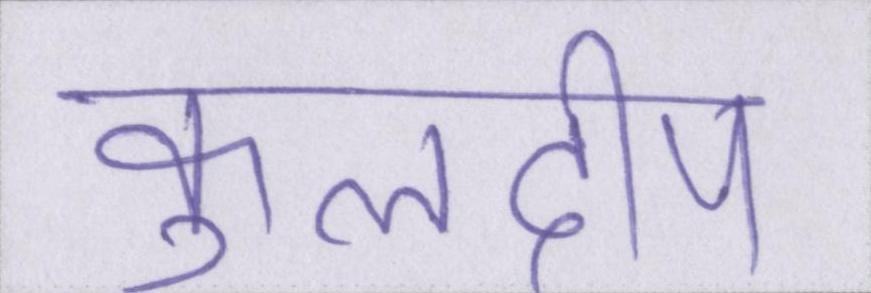
कुलदीप